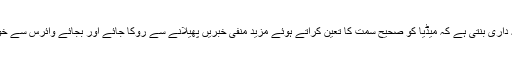
ایسے میں اعلی حکام و میڈیا کنٹرول اٹھاریٹیز کی ذمہ داری بنتی ہے کہ میڈیا کو صحیح سمت کا تعین کراتے ہوئے مزید منفی خبریں پھیلانے سے روکا جائے اور بجائے وائرس سے خوفزدہ کرنے کے احتیاط اور علاج کی آگہی دی جائے۔